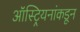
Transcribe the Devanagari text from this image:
ऑस्ट्रियनांकडून